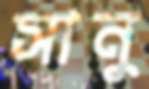
সানু